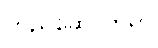
တည်ဆောက်ရာ